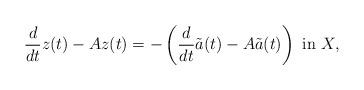
LaTeX: \begin{align*}\frac{d}{dt}z(t)-Az(t)=-\left(\frac{d}{dt}\tilde{a}(t)-A\tilde{a}(t)\right)~\mbox{in}~X,\end{align*}